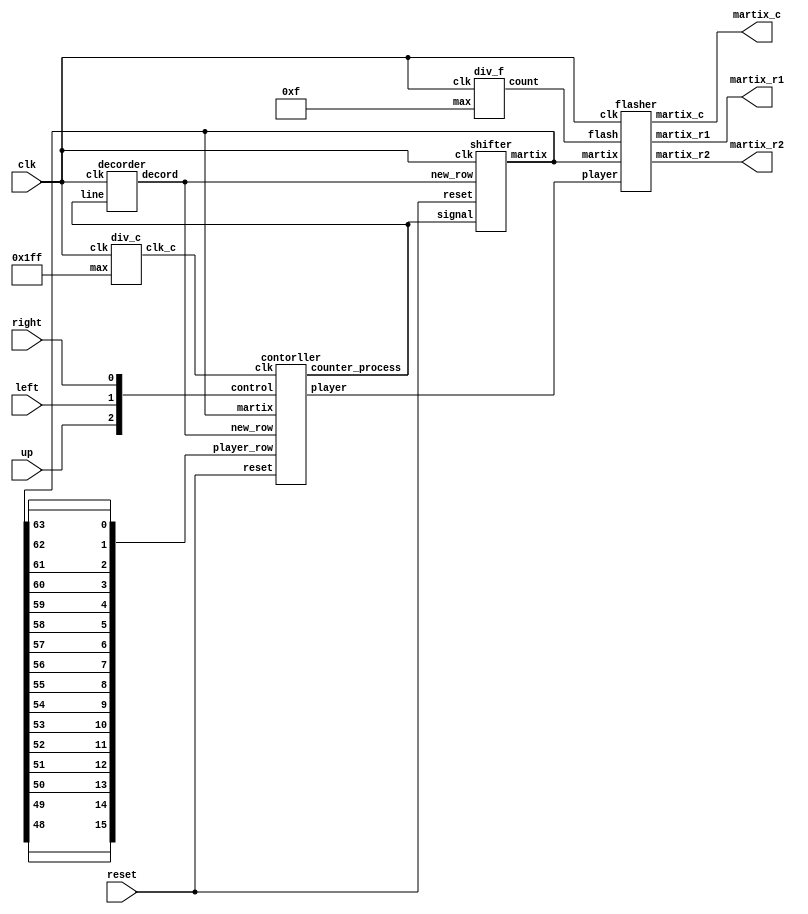
module qimo
(
input clk,reset,
input up,left,right,
output [15:0]martix_c,
output [15:0]martix_r1,
output [15:0]martix_r2
);
wire[3:0] counter_flash;
wire[8:0] counter_process;
wire[15:0] new_row;
wire[511:0] martix; //16*16*2-1
wire [2:0]control; 
assign control = {up,left,right};
wire clk_control;
wire [3:0] player;
wire [3:0] max,min; 
wire [15:0]player_row;

assign player_row = {martix[48],martix[49],martix[50],martix[51],martix[52],martix[53],martix[54],martix[55],martix[56],martix[57],martix[58],martix[59],martix[60],martix[61],martix[62],martix[63]};
div_f d2(clk,4'hF,counter_flash);
div_c d3(clk,9'h1FF,clk_control);
contorller c4(clk_control,reset,martix,player_row,new_row,control,player,counter_process);
shifter s1(clk,reset,new_row,counter_process,martix);
flasher f1(clk,player,martix,counter_flash,martix_c,martix_r1,martix_r2);
decorder d4(clk,counter_process,new_row);
endmodule


module div_f
(input clk,
 input [3:0]max,
output reg [3:0]count);

always@(posedge clk)
begin
	if(count < max)
		count = count + 4'b1;
	else
		count = 4'b0;
end
endmodule

module div_c
(input clk,
 input [8:0]max,
output reg clk_c);
reg [8:0]count;
always@(posedge clk)
begin
	if(count < max)
	begin
		count = count + 9'b1;
		clk_c = 1'b0;
	end
	else
	begin
		count = 0;
		clk_c = 1'b1;
	end
end
endmodule


module contorller 
(
input clk,reset,
input [511:0]martix,
input [15:0]player_row,
input [15:0]new_row,
input [2:0]control,
output reg [3:0] player,
output reg [8:0]counter_process
);
reg [3:0]player_tmp;
reg [3:0]max;
reg [3:0]min;
reg [3:0]count_p;
reg [3:0]count_pt;
reg flag_lose;
reg [3:0]up_tmp; //n stage
reg flag_up;
reg [6:0]up_count;
initial player = 4'h2;
wire [9:0]_player ;

reg [15:0]tmp_count;
integer i;
assign _player = {5'h0,player};

always@(posedge clk)
begin
	if(counter_process>10'd279)
		;
	else if(flag_lose)
	begin
		if(up_tmp>4'h4&&up_tmp<4'hB)
			up_tmp = 4'hC;
		else if(up_tmp==4'h0)
			up_tmp = 4'h0;
		else
			up_tmp = up_tmp + 4'b1;
		case(up_tmp)
		4'hC:  player = player + 4'h2;
		4'hD:  player = player + 4'h1;
		4'hE:  player = player - 4'h1;
		4'hF:  player = 0;
		endcase			
	end
	else if(counter_process>10'd267)
	begin
		counter_process = counter_process + 9'd1;
		player = 4'd0;
	end
	else if(counter_process<10'd32)	
		counter_process = counter_process + 9'd1;
	else
	begin	
		if(up_count == 7'b1011)
		begin
			up_count = 7'b0;
			if(flag_up)
			begin
				player_tmp = player;
				case(up_tmp)
				4'h0:  player = player + 4'h3;
				4'h1:  player = player + 4'h2;
				4'h2:  player = player + 4'h2;
				4'h3:  player = player + 4'h1;
				4'h4:  player = player - 4'h1;
				4'h5:  player = player - 4'h2;
				4'h6:  player = player - 4'h2;
				4'h7:  player = player - 4'h3;
				4'h8:  player = player - 4'h3;
				4'h9:  player = player - 4'h4;
				4'hA:  player = player - 4'h4;
				4'hB:  player = player - 4'h4;
				default: player = 0;
				endcase
				up_tmp = up_tmp + 4'h1;
				if(up_tmp <= 4)//upward
				begin
				////max////////////
					count_pt=4'd0;
					count_p=4'd0;
					//while(!player_row[count_pt])
						for(i=0;i<16;i=i+1)
						begin
							if(i<=player_tmp)
								tmp_count[i] = 1'b0;
							else
								tmp_count[i] = 1'b1;
						end						
						tmp_count = tmp_count & player_row;
						for(i=15;i>0;i=i-1)
						begin
							if(tmp_count[i])
								count_pt = i[3:0] - 4'd1;
						end
					//end while(!player_row[count_pt])		
					if(!player_row[player])
					begin
					//while(!player_row[count_p])
						for(i=0;i<16;i=i+1)
						begin
							if(i<=player)
								tmp_count[i] = 1'b0;
							else
								tmp_count[i] = 1'b1;
						end
						tmp_count = tmp_count & player_row;
						for(i=15;i>0;i=i-1)
						begin
							if(tmp_count[i])
								count_p = i[3:0] - 4'd1;
						end
					//end while(!player_row[count_p])
					end	
					if(player < player_tmp)
						max = 4'd15;
					else if(count_p == count_pt)
						max = player;
					else
						max = count_pt;
					player = max;
				/////max///////////////
				end
				else //downward
				begin
				////min///////////
					count_pt=4'd0;
					count_p=4'd0;
					if(!player_row[player_tmp])
					begin
					//while(!player_row[count_pt])
						for(i=0;i<16;i=i+1)
						begin
							if(i>=player_tmp)
								tmp_count[i] = 1'b0;
							else
								tmp_count[i] = 1'b1;
						end
						tmp_count = tmp_count & player_row;
						for(i=0;i<16;i=i+1)
						begin
							if(tmp_count[i])
								count_pt = i[3:0] + 4'd1;
						end
					//end while(!player_row[count_pt])	
					end	
					if(!player_row[player])
					begin
					//while(!player_row[count_p])
						for(i=0;i<16;i=i+1)
						begin
							if(i>=player)
								tmp_count[i] = 1'b0;
							else
								tmp_count[i] = 1'b1;
						end
						tmp_count = tmp_count & player_row;
						for(i=0;i<16;i=i+1)
						begin
							if(tmp_count[i])
								count_p = i[3:0] + 4'd1;
						end
					//end while(!player_row[count_p])
					end	
					if(player > player_tmp)
						min = 4'd2;
					else if(count_p == count_pt)
						min = player;
					else
						min = count_pt;	
						player = min;
				////min/////////
				end
				if(player_row[player-1]||up_tmp>4'hB)
				begin
					flag_up = 1'b0;
					up_tmp = 4'h0;
				end
			end
		end
		else
		begin
			up_count = up_count + 7'b1;
		end
		if(control[2])//up
			flag_up = 1'b1;	
		if(control[1])//left
		begin
			if(counter_process > 32)
			begin
				if(!martix[32+15-_player])		//32+15-{5'b0,player}
					counter_process = counter_process - 9'b1;
			end
		end
		if(control[0])//right
		begin
			if(!martix[64+15-_player])			
				counter_process = counter_process + 9'b1;
		end
		if((player==4'd1||player==4'd0))
			flag_lose = 1;
		if(!player_row[player-1])
		begin
			if(up_tmp==4'b0)
			begin
				flag_up = 1'b1;
				up_tmp = 4'h4;
			end
		end
	end
	if(reset)
	begin
		flag_lose = 1'd0;
		counter_process = 9'd0;
		player = 4'd2;
	end
end

endmodule


module shifter
(input clk,reset,
 input [15:0]new_row,
 input [8:0]signal,
output reg [511:0]martix);
 reg   [8:0]signal_tmp;
 reg flag;
 
always@(posedge clk)
begin
	if(flag)
	begin
		if(signal > signal_tmp)
			martix = {new_row,martix[511:16]};
		else if(signal < signal_tmp)
			martix = {martix[511-16:0],new_row};
		signal_tmp = signal;
		flag = 1'b0;
	end	
	if(signal != signal_tmp)
		flag = 1'b1;
	if(reset)
		martix = 512'b0;
end
endmodule

module flasher
(input clk,
 input [3:0]player,
 input [511:0]martix,
 input [3:0]flash,
output reg [15:0]martix_c,
output reg [15:0]martix_r1,
output reg [15:0]martix_r2
);
reg [15:0]player_flash;
always@(posedge clk)
begin
	martix_c = 16'h00;
	martix_c[flash] =1;
	case(player)
		4'h0: player_flash = 16'b1000000000000000;
		4'h1: player_flash = 16'b0100000000000000;
		4'h2: player_flash = 16'b0010000000000000;
		4'h3: player_flash = 16'b0001000000000000;
		4'h4: player_flash = 16'b0000100000000000;
		4'h5: player_flash = 16'b0000010000000000;
		4'h6: player_flash = 16'b0000001000000000;
		4'h7: player_flash = 16'b0000000100000000;
		4'h8: player_flash = 16'b0000000010000000;
		4'h9: player_flash = 16'b0000000001000000;
		4'hA: player_flash = 16'b0000000000100000;
		4'hB: player_flash = 16'b0000000000010000;
		4'hC: player_flash = 16'b0000000000001000;
		4'hD: player_flash = 16'b0000000000000100;
		4'hE: player_flash = 16'b0000000000000010;
		4'hF: player_flash = 16'b0000000000000001;
	endcase
	case(flash)
		4'd00: begin
			martix_r1 = martix[015:000];
			martix_r2 = martix[271:256];				
		end
		4'd01: begin
			martix_r1 = martix[031:016];
			martix_r2 = martix[287:272];				
		end
		4'd02: begin
			martix_r1 = martix[047:032];
			martix_r2 = martix[303:288];					
		end
		4'd03: begin
			martix_r1 = martix[063:048]|player_flash;
			martix_r2 = martix[319:304];				
		end
		4'd04: begin
			martix_r1 = martix[079:064];
			martix_r2 = martix[335:320];				
		end
		4'd05: begin
			martix_r1 = martix[095:080];
			martix_r2 = martix[351:336];				
		end
		4'd06: begin
			martix_r1 = martix[111:096];
			martix_r2 = martix[367:352];				
		end
		4'd07: begin
			martix_r1 = martix[127:112];
			martix_r2 = martix[383:368];				
		end
		4'd08: begin
			martix_r1 = martix[143:128];
			martix_r2 = martix[399:384];				
		end
		4'd09: begin
			martix_r1 = martix[159:144];
			martix_r2 = martix[415:400];				
		end
		4'd10: begin
			martix_r1 = martix[175:160];
			martix_r2 = martix[431:416];				
		end
		4'd11: begin
			martix_r1 = martix[191:176];
			martix_r2 = martix[447:432];			
		end
		4'd12: begin
			martix_r1 = martix[207:192];
			martix_r2 = martix[463:448];				
		end
		4'd13: begin
			martix_r1 = martix[223:208];
			martix_r2 = martix[479:464];				
		end
		4'd14: begin
			martix_r1 = martix[239:224];
			martix_r2 = martix[495:480];				
		end
		4'd15: begin
			martix_r1 = martix[255:240];
			martix_r2 = martix[511:496];
		end	
	endcase	//martix_r = martix[(flash*8+7):(flash*8)];
end
endmodule

module decorder
(
input clk,
input [8:0]line,
output reg[15:0]decord);
 reg   [8:0]line_tmp;
 reg [8:0] line_cal;

always@(posedge clk)
begin
if(line_tmp != line)
begin
	if(line >= line_tmp)
		line_cal = line;
	else if(line < line_tmp)
		line_cal = line -9'd32;
end
line_tmp = line;
case(line_cal)
	000: decord = 16'b1100000000000000;
	001: decord = 16'b1100000000000000;
	002: decord = 16'b1100000000000000;
	003: decord = 16'b1100000000000000;
	004: decord = 16'b1100000000000000;
	005: decord = 16'b1100000000000000;
	006: decord = 16'b1100000000000000;
	007: decord = 16'b1100000000000000;
	008: decord = 16'b1100000000000000;
	009: decord = 16'b1100000000000000;
	010: decord = 16'b1100000000000000;
	011: decord = 16'b1100001100000000;
	012: decord = 16'b1100001100000000;
	013: decord = 16'b1100000000000000;
	014: decord = 16'b1100001100000000;
	015: decord = 16'b1100001100000000;
	016: decord = 16'b1100000000000000;
	017: decord = 16'b1100001100000000;
	018: decord = 16'b1100001100000000;
	019: decord = 16'b1100000000000000;
	020: decord = 16'b1100001100000000;
	021: decord = 16'b1100001100000000;
	022: decord = 16'b1100000000000000;
	023: decord = 16'b1100001100000000;
	024: decord = 16'b1100001100000000;
	025: decord = 16'b1100000000000000;
	026: decord = 16'b1100001100000000;
	027: decord = 16'b1100001100000000;
	028: decord = 16'b1100000000000000;
	029: decord = 16'b1100000000000000;
	030: decord = 16'b1100000000000000;
	031: decord = 16'b1100000000000000;
	032: decord = 16'b1100000000000000;
	033: decord = 16'b1100000000000000;
	034: decord = 16'b1100000000000000;
	035: decord = 16'b1100111000000000;
	036: decord = 16'b1111111000000000;
	037: decord = 16'b1111111000000000;
	038: decord = 16'b1100111000000000;
	039: decord = 16'b1100000000000000;
	040: decord = 16'b1100000000000000;
	041: decord = 16'b1100000000000000;
	042: decord = 16'b1100000000000000;
	043: decord = 16'b1100000000000000;
	044: decord = 16'b1100001110000000;
	045: decord = 16'b1111111110000000;
	046: decord = 16'b1111111110000000;
	047: decord = 16'b1100001110000000;
	048: decord = 16'b1100000000000000;
	049: decord = 16'b1100000000000000;
	050: decord = 16'b1100000000000000;
	051: decord = 16'b1100000000000000;
	052: decord = 16'b1100000000000000;
	053: decord = 16'b1100000111000000;
	054: decord = 16'b1111111111000000;
	055: decord = 16'b1111111111000000;
	056: decord = 16'b1100000111000000;
	057: decord = 16'b1100000000000000;
	058: decord = 16'b1100000000000000;
	059: decord = 16'b1100000000000000;
	060: decord = 16'b1100000000000000;
	061: decord = 16'b1100000000000000;
	062: decord = 16'b1100000000000000;
	063: decord = 16'b1100000000000000;
	064: decord = 16'b1100001110000000;
	065: decord = 16'b1111111110000000;
	066: decord = 16'b1111111110000000;
	067: decord = 16'b1100001110000000;
	068: decord = 16'b1100000000000000;
	069: decord = 16'b1100000000000000;
	070: decord = 16'b1100000000000000;
	071: decord = 16'b1100000000000000;
	072: decord = 16'b1100000000000000;
	073: decord = 16'b1100000000000000;
	074: decord = 16'b1100000000000000;
	075: decord = 16'b1100000000000000;
	076: decord = 16'b1100000000000000;
	077: decord = 16'b1100000000000000;
	078: decord = 16'b1100000000000000;
	079: decord = 16'b1100000000000000;
	080: decord = 16'b1100000000000000;
	081: decord = 16'b1100000000000000;
	082: decord = 16'b1100000000000000;
	083: decord = 16'b1100000000000000;
	084: decord = 16'b0000000000000000;
	085: decord = 16'b0000000000000000;
	086: decord = 16'b1100000000000000;
	087: decord = 16'b1100000000000000;
	088: decord = 16'b1100000000000000;
	089: decord = 16'b1100000000000000;
	090: decord = 16'b1100000000000000;
	091: decord = 16'b1100000000000000;
	092: decord = 16'b1100000000000000;
	093: decord = 16'b1100000000000000;
	094: decord = 16'b1100000000000000;
	095: decord = 16'b1100001100000000;
	096: decord = 16'b1100001100000000;
	097: decord = 16'b1100001100000000;
	098: decord = 16'b1100001100000000;
	099: decord = 16'b1100001100000000;
	100: decord = 16'b1100001100000000;
	101: decord = 16'b1100001100110000;
	102: decord = 16'b1100000000110000;
	103: decord = 16'b1100000000110000;
	104: decord = 16'b1100000000110000;
	105: decord = 16'b1100000000110000;
	106: decord = 16'b1100000000110000;
	107: decord = 16'b1100000000110000;
	108: decord = 16'b1100000000110000;
	109: decord = 16'b1100000000110000;
	110: decord = 16'b1100000000110000;
	111: decord = 16'b1100000000110000;
	112: decord = 16'b1100000000110000;
	113: decord = 16'b1100000000110000;
	114: decord = 16'b1100000000110000;
	115: decord = 16'b1100000000110000;
	116: decord = 16'b1100000000000000;
	117: decord = 16'b1100000000000000;
	118: decord = 16'b1100000000000000;
	119: decord = 16'b1100000000110000;
	120: decord = 16'b1100000000110000;
	121: decord = 16'b1100000000110000;
	122: decord = 16'b1100000000110000;
	123: decord = 16'b1100000000110000;
	124: decord = 16'b1100000000110000;
	125: decord = 16'b1100000000110000;
	126: decord = 16'b1100000000110000;
	127: decord = 16'b1100000000110000;
	128: decord = 16'b1100000000000000;
	129: decord = 16'b1100000000000000;
	130: decord = 16'b1100000000000000;
	131: decord = 16'b1100000110000000;
	132: decord = 16'b1100000110000000;
	133: decord = 16'b1100000110000000;
	134: decord = 16'b1100000110000000;
	135: decord = 16'b1100000000000000;
	136: decord = 16'b1100000000000000;
	137: decord = 16'b1100000000000000;
	138: decord = 16'b1100000000000000;
	139: decord = 16'b1100000000000000;
	140: decord = 16'b1100000000000000;
	141: decord = 16'b1100001100000000;
	142: decord = 16'b1100001100000000;
	143: decord = 16'b1100000000000000;
	144: decord = 16'b1100000000000000;
	145: decord = 16'b1100001100011000;
	146: decord = 16'b1100001100011000;
	147: decord = 16'b1100000000000000;
	148: decord = 16'b1100000000000000;
	149: decord = 16'b1100001100000000;
	150: decord = 16'b1100001100000000;
	151: decord = 16'b1100000000000000;
	152: decord = 16'b1100000000000000;
	153: decord = 16'b1100000000000000;
	154: decord = 16'b1100000000000000;
	155: decord = 16'b1100000000000000;
	156: decord = 16'b1100000000000000;
	157: decord = 16'b1100000000000000;
	158: decord = 16'b1100000000000000;
	159: decord = 16'b1100000000000000;
	160: decord = 16'b1110000000000000;
	161: decord = 16'b1111000000000000;
	162: decord = 16'b1111100000000000;
	163: decord = 16'b1111110000000000;
	164: decord = 16'b1111111000000000;
	165: decord = 16'b1100000000000000;
	166: decord = 16'b1100000000000000;
	167: decord = 16'b1111111000000000;
	168: decord = 16'b1111110000000000;
	169: decord = 16'b1111100000000000;
	170: decord = 16'b1111000000000000;
	171: decord = 16'b1110000000000000;
	172: decord = 16'b1100000000000000;
	173: decord = 16'b1100000000000000;
	174: decord = 16'b1100000000000000;
	175: decord = 16'b1100000000000000;
	176: decord = 16'b1110000000000000;
	177: decord = 16'b1111000000000000;
	178: decord = 16'b1111100000000000;
	179: decord = 16'b1111110000000000;
	180: decord = 16'b1111111000000000;
	181: decord = 16'b1111111000000000;
	182: decord = 16'b0000000000000000;
	183: decord = 16'b0000000000000000;
	184: decord = 16'b0000000000000000;
	185: decord = 16'b1111111000000000;
	186: decord = 16'b1111110000000000;
	187: decord = 16'b1111100000000000;
	188: decord = 16'b1111000000000000;
	189: decord = 16'b1110000000000000;
	190: decord = 16'b1100000000000000;
	191: decord = 16'b1100000000000000;
	192: decord = 16'b1100000000000000;
	193: decord = 16'b1100000000000000;
	194: decord = 16'b1100111000000000;
	195: decord = 16'b1111111000000000;
	196: decord = 16'b1111111000000000;
	197: decord = 16'b1100111000000000;
	198: decord = 16'b1100000000000000;
	199: decord = 16'b1100000000000000;
	200: decord = 16'b1100000000000000;
	201: decord = 16'b1100000000000000;
	202: decord = 16'b1100000000000000;
	203: decord = 16'b1100000000000000;
	204: decord = 16'b1100000110000000;
	205: decord = 16'b1100000110000000;
	206: decord = 16'b1100000110000000;
	207: decord = 16'b1100000110000000;
	208: decord = 16'b1100000110000000;
	209: decord = 16'b1100000110000000;
	210: decord = 16'b1100000110000000;
	211: decord = 16'b1100000000000000;
	212: decord = 16'b1100000000000000;
	213: decord = 16'b1100000000000000;
	214: decord = 16'b1100000000000000;
	215: decord = 16'b1100000000000000;
	216: decord = 16'b1100000000000000;
	217: decord = 16'b1100000000000000;
	218: decord = 16'b1100111000000000;
	219: decord = 16'b1111111000000000;
	220: decord = 16'b1111111000000000;
	221: decord = 16'b1100111000000000;
	222: decord = 16'b1110000000000000;
	223: decord = 16'b1111000000000000;
	224: decord = 16'b1111100000000000;
	225: decord = 16'b1111110000000000;
	226: decord = 16'b1111111000000000;
	227: decord = 16'b1111111100000000;
	228: decord = 16'b1111111110000000;
	229: decord = 16'b1111111111000000;
	230: decord = 16'b1111111111000000;
	231: decord = 16'b1100000000000000;
	232: decord = 16'b1100000000000000;
	233: decord = 16'b1100000000000000;
	234: decord = 16'b1100000000000000;
	235: decord = 16'b1100000000000000;
	236: decord = 16'b1100000000000000;
	237: decord = 16'b1100000000000000;
	238: decord = 16'b1100000000000000;
	239: decord = 16'b1100000000000000;
	240: decord = 16'b1111000000000000;
	241: decord = 16'b1111111111111000;
	242: decord = 16'b1111000000010000;
	243: decord = 16'b1100000000000000;
	244: decord = 16'b1100000000000000;
	245: decord = 16'b1100000000000000;
	246: decord = 16'b1100000000000000;
	247: decord = 16'b1100000000000000;
	248: decord = 16'b1100000000000000;
	249: decord = 16'b1111111100000000;
	250: decord = 16'b1111111000000000;
	251: decord = 16'b1111111111111000;
	252: decord = 16'b1111111000110000;
	253: decord = 16'b1111111100010000;
	254: decord = 16'b1100111000111000;
	255: decord = 16'b1100011111110000;
	256: decord = 16'b1100111000111000;
	257: decord = 16'b1111111100010000;
	258: decord = 16'b1111111000110000;
	259: decord = 16'b1111111111111000;
	260: decord = 16'b1111111000000000;
	261: decord = 16'b1111111100000000;
	262: decord = 16'b1100000000000000;
	263: decord = 16'b1100000000000000;
	264: decord = 16'b1100000000000000;
	265: decord = 16'b1100111000000000;
	266: decord = 16'b1101000000000000;
	267: decord = 16'b1100110000000000;
	268: decord = 16'b1100001000001000;
	269: decord = 16'b1100110000010000;
	270: decord = 16'b1101000011100000;
	271: decord = 16'b1100111000010000;
	272: decord = 16'b1100000000001000;
	273: decord = 16'b1101001011100000;
	274: decord = 16'b1101111010100000;
	275: decord = 16'b1101001011100000;
	276: decord = 16'b1100000000000000;
	277: decord = 16'b1101111011100000;
	278: decord = 16'b1100010010000000;
	279: decord = 16'b1100100011100000;
	280: decord = 16'b1101111000000000;
default: decord = 16'b0000000000000000;
endcase


end
endmodule


//pin right click/view/all pin list
//Project/Generate Tcl file for projet
//Tools/Tcl Scripts
//frequency = 10^5hz 100,000Hz